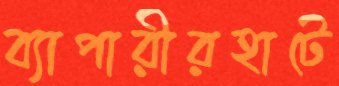
ব্যাপারীরহাটে